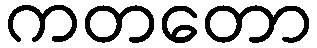
ကတတော